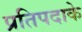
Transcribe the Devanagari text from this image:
प्रतिपदाके